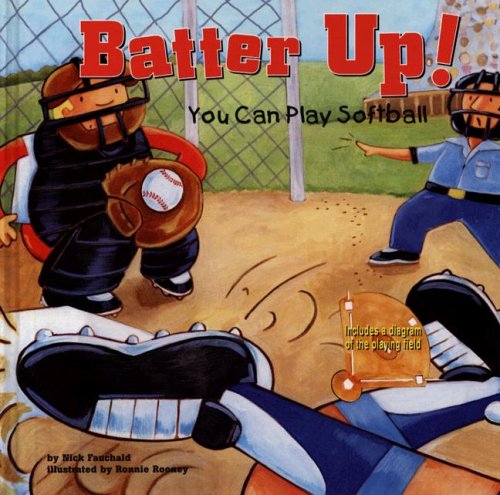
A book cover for Batter Up!: You Can Play Softball (Game Day); Nick Fauchald; Sports & Outdoors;